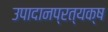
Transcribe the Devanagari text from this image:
उपादानप्रत्यक्ष